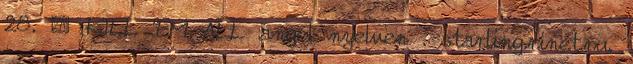
28. ↑ KILL 'EM ALL angol nyelven . starling.rinet.ru.